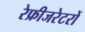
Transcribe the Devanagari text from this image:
रेफ्रीजरेटरों